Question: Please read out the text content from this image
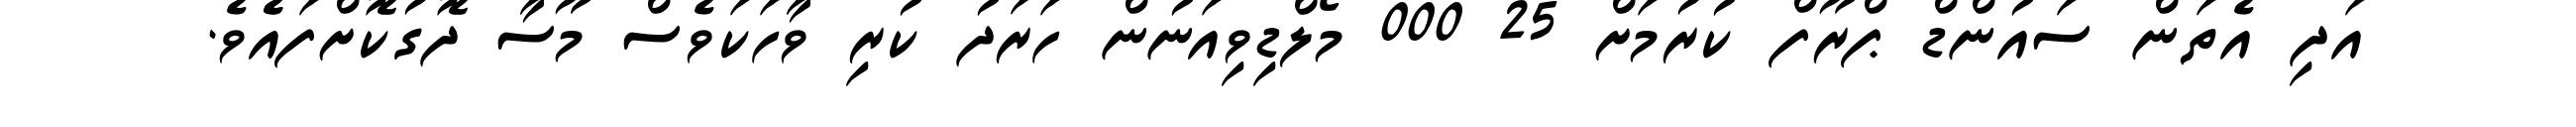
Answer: އަދި އެތަން ސައުންޑް ޕްރޫފް ކުރުމަށް 25 000 މޯލްޑިވިއަނުން ހަރަދު ކުރި ވާހަކަވެސް މޫސާ ދޮގުކޮށްފައެެވެ.